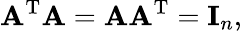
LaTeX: \mathbf{A}^{\mathrm{T}}\mathbf{A}=\mathbf{A}\mathbf{A}^{\mathrm{T}}=\mathbf{I}_{n},